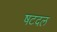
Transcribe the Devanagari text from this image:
षटदल